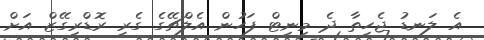
އެ ލަނޑު ޖެހިތާ ދެ މިނިޓް ފަހުން އެލްޗޭގެ ގެރީ ރޮޑްރިގޭޒް އަށް